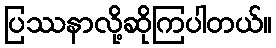
ပြဿနာလို့ဆိုကြပါတယ်။